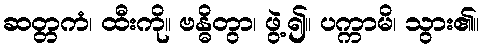
ဆတ္တကံ၊ ထီးကို။ ဗန္ဓိတွာ၊ ဖွဲ့၍။ ပက္ကာမိ၊ သွား၏။